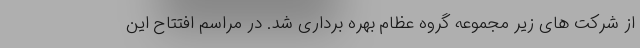
از شرکت های زیر مجموعه گروه عظام بهره برداری شد. در مراسم افتتاح این